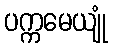
ပက္ကမေယျုံ